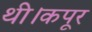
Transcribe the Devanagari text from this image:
थी।कपूर